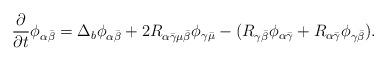
LaTeX: \begin{align*}\frac{\partial }{\partial t}\phi _{\alpha \bar{\beta}}=\Delta _{b}\phi_{\alpha \bar{\beta}}+2R_{\alpha \bar{\gamma}\mu \bar{\beta}}\phi _{\gamma \bar{\mu}}-(R_{\gamma \bar{\beta}}\phi _{\alpha \bar{\gamma}}+R_{\alpha \bar{\gamma}}\phi _{\gamma \bar{\beta}}). \end{align*}